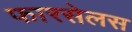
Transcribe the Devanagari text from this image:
फारसेलस